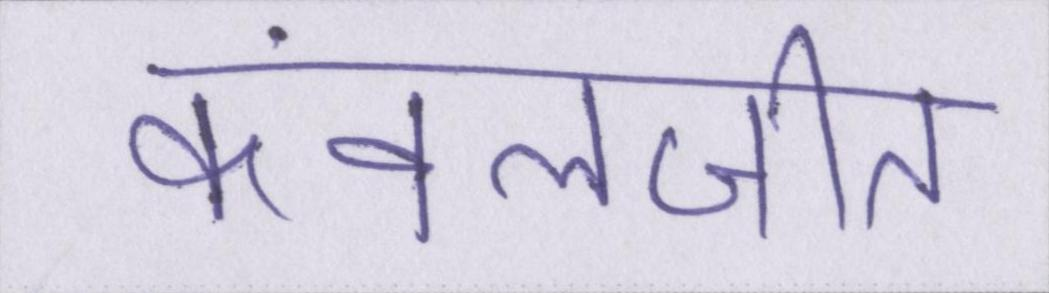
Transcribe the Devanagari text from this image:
कंवलजीत